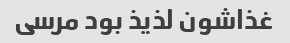
غذاشون لذیذ بود مرسی